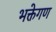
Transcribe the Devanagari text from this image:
भक्तेगण